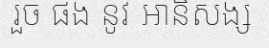
រួច ផង នូវ អានិសង្ស